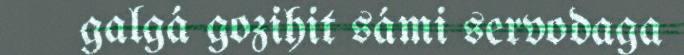
galgá gozihit sámi servodaga